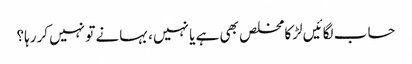
حساب لگائیں لڑکا مخلص بھی ہے یا نہیں، بہانے تو نہیں کررہا؟